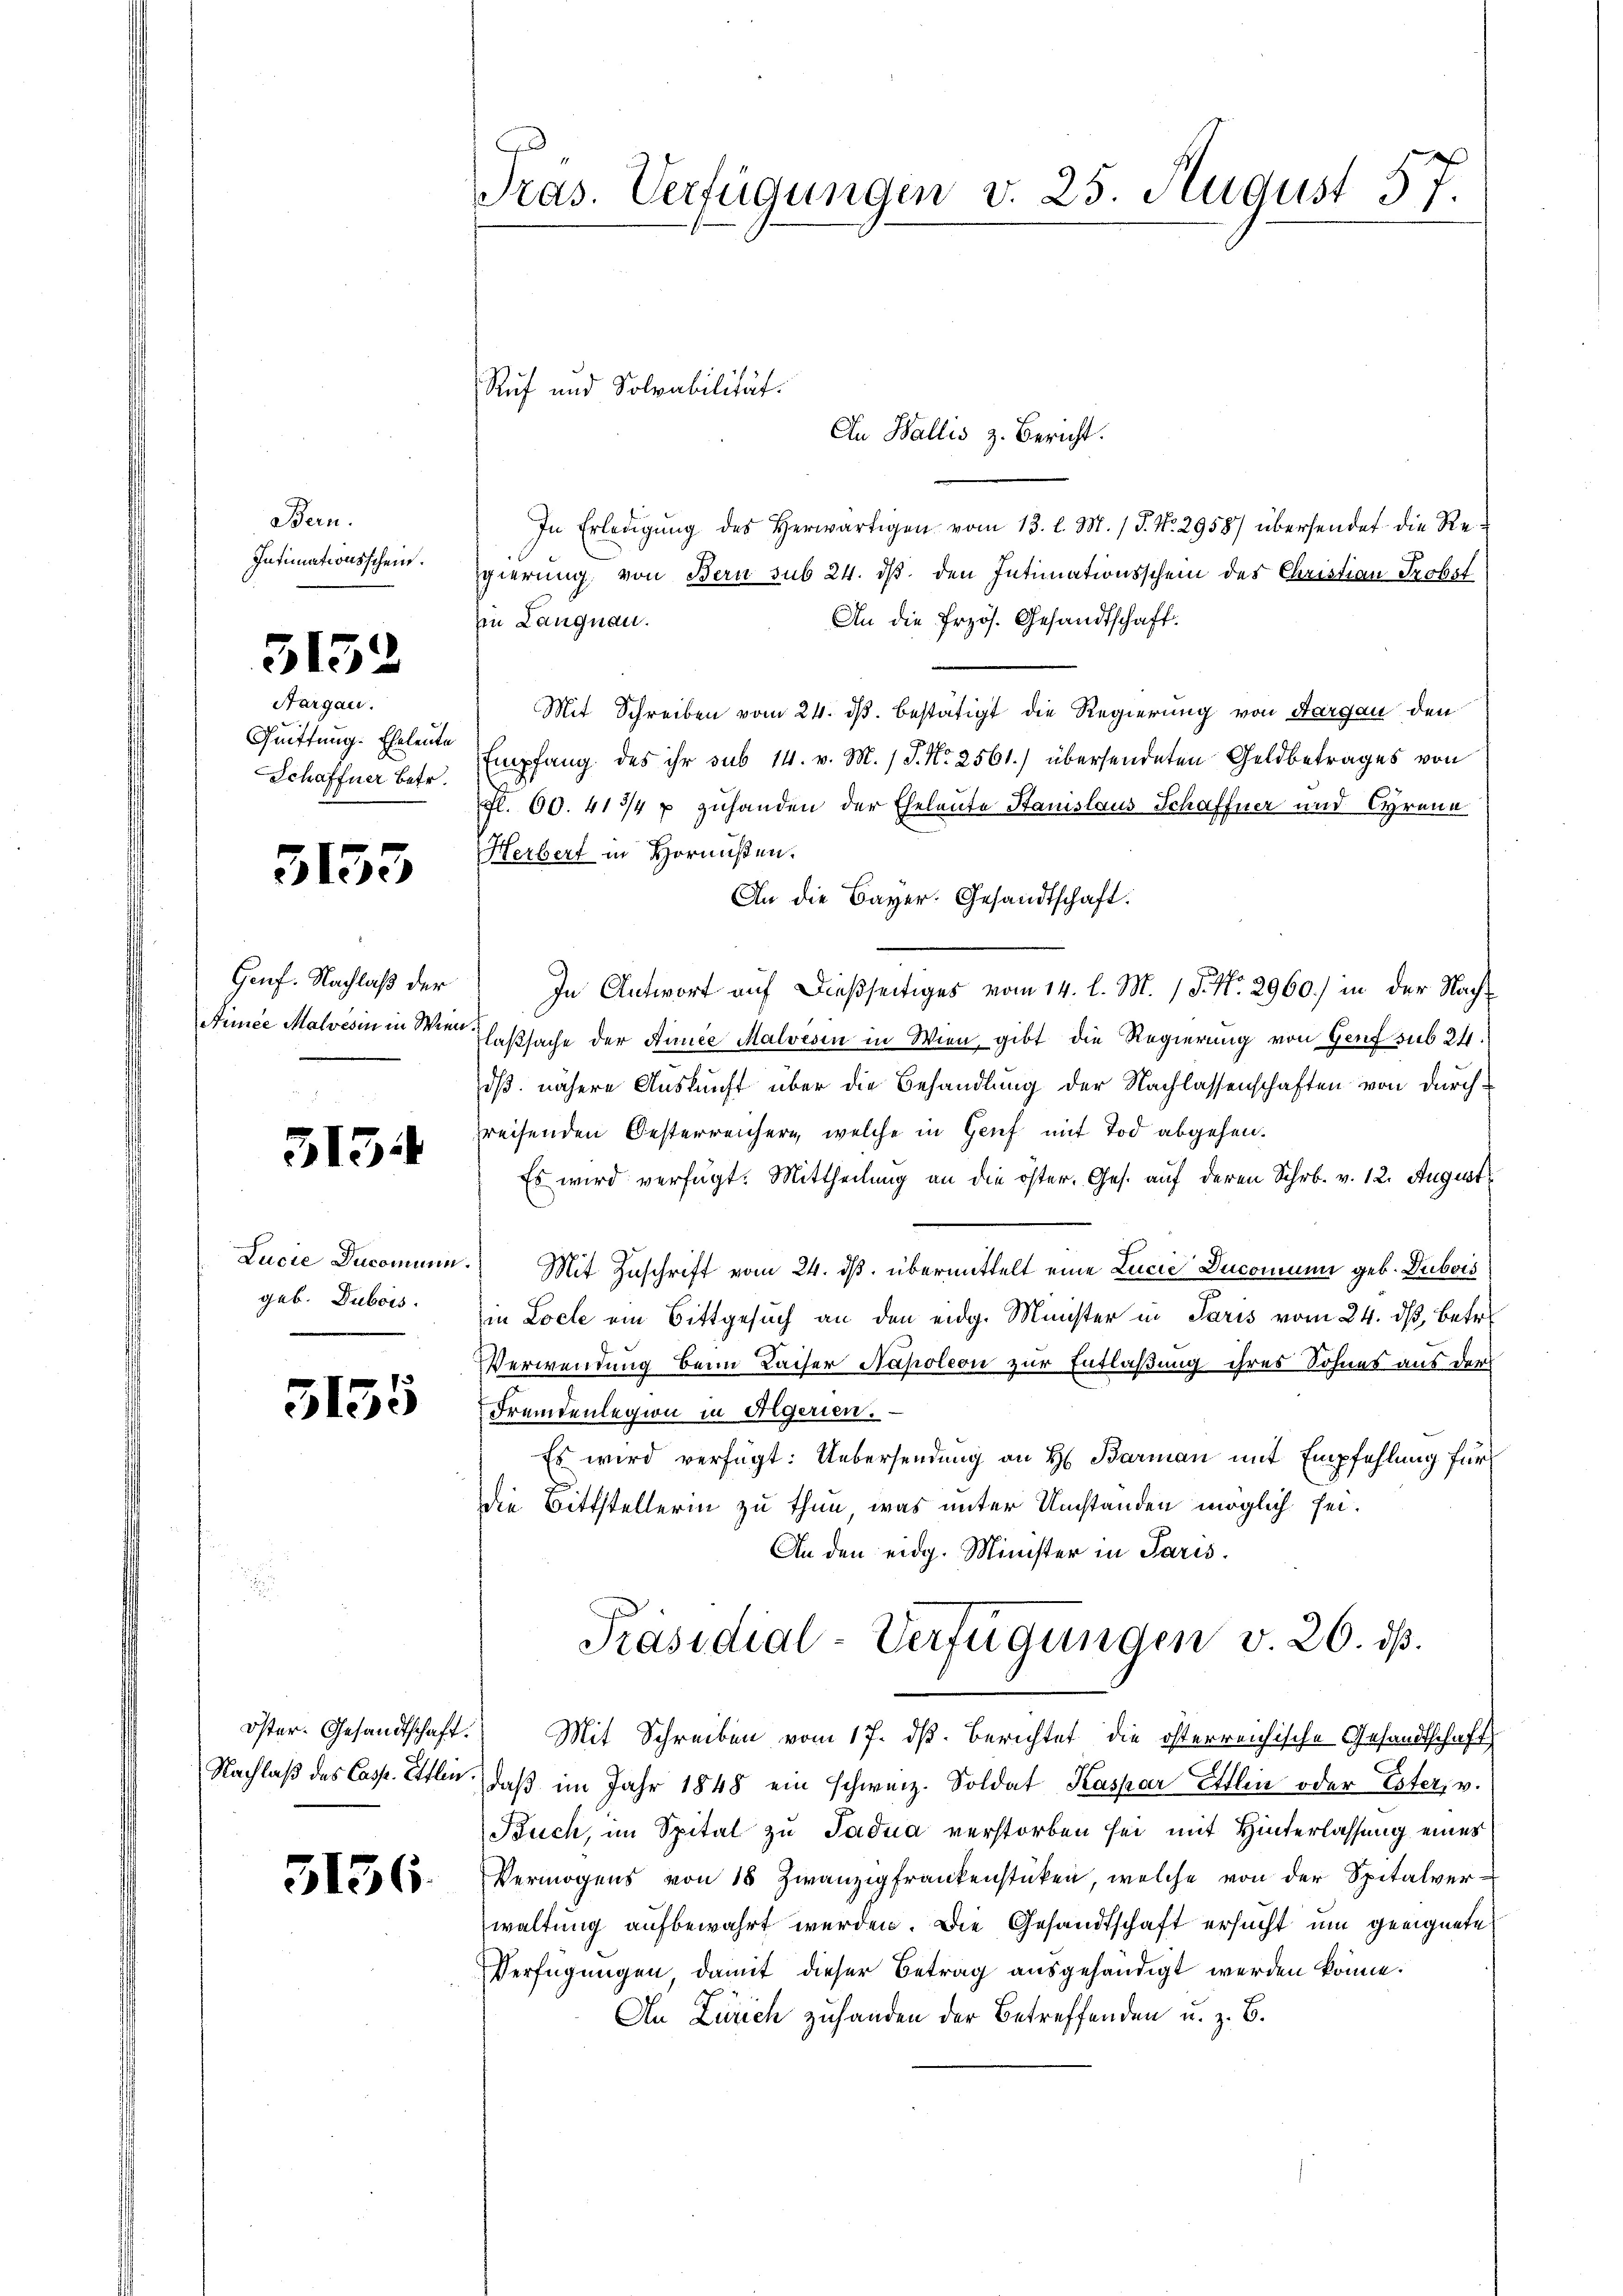
Bern.
Intimationsschein.

31

52

Nargau.
Quittung. Eheleute
Schaffner betr.

3153

Genf. Nachlaß der

313.

Lucie Ducomun
geb. Dubois.

5135

3136.

Pras. Verfügungen v. 25. August 57.

Ruf und Solvabilität.
An Wallis z. Bericht.
In Erledigung des Herwärtigen vom 13. l. M. / P. Nr. 2958) übersendet die Regierung, von Bern sub 24. ds. den Intimationsschein des Christian Probst
An die Przös. Gesandtschaft.
in Langnau.
Mit Schreiben vom 24. ds. bestätigt die Regierung von Aargau den
Empfang des ihr sub 14. v. M. / P. Nr. 2561) übersendeten Geldbetrages von
fl. 60. 413/4 x zuhanden der Eheleute Stanislaus Schaffner und Cyrene
Herbert in Hornußen.
An die Bayer. Gesandtschaft:
In Antwort auf dießseitiges vom 14. l. M. / 5. No. 2960.) in der Nach¬
Auee Malvesin in Wien Claßsache der Annie Malvesen in Wien, gibt die Regierung von Genf sub 24.
dß nähere Auskunft über die Behandlung der Nachlassenschaften von durchreisenden Oesterreichern, welche in Grief mit Tod abgehen.
Es wird verfügt: Mittheilung an die öster. Ges. auf deren Schrb. v. 12. August
. Mit Zuschrift vom 24. ds. übermittelt eine Lucie Duconium geb. Dubois
in Locle ein Bittgesuch an den eidg. Minister in Paris vom 24. ds, betr.
Verwendung beim Kaiser Napoleon zur Entlaßung ihres Sohnes aus der
Fremdenlegion in Algerien.
Es wird verfügt: Uebersendung an H. Barman mit Empfehlung für
die Bittstellerin zu thun, was unter Umstanden möglich sei.
An den eidg. Minister in Paris.
Präsidial-Verfügungen v. 26. ds.
öster. Gesandtschaft. Mit Schreiben vom 17. dβ. Berichtet die österreichische Gesandtschaft
Nachlaβ des Casp. Ettin, daβ im Jahr 1848 ein schweiz. Soldat Kaspar Allen oder Ester, v.
Buch, im Spital zu Padua verstorben sei mit Hinterlassung eines
Vermögens von 18 Zwanzig frankenstücken, welche von der Spitalverwaltung aufbewahrt werden. Die Gesandtschaft ersucht um geeignete
Verfügungen, damit dieser Betrag ausgehändigt werden könne.
An Zürich zuhanden der Betreffenden u. z. B.